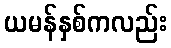
ယမန်နှစ်ကလည်း